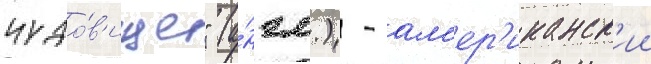
чудо́в'ище" (а́нгл.) - ам'ер'иканск'ии